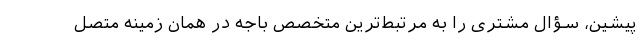
پیشین، سؤال مشتری را به مرتبط‌ترین متخصص باجه در همان زمینه متصل